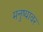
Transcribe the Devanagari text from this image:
मनुष्यावर